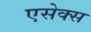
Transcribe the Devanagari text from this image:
एसेक्‍स